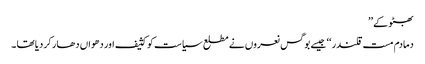
بھٹو کے ’’
دمادم مست قلندر ‘‘ جیسے بوگس نعروں نے مطلع سیاست کو کثیف اور دھواں دھار کر دیا تھا ۔